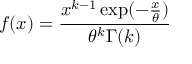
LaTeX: f ( x ) = { \frac { x ^ { k - 1 } \exp ( - { \frac { x } { \theta } } ) } { \theta ^ { k } \Gamma ( k ) } }